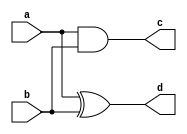
// A Data FLow level example
module gateLevel (a,b,c,d);
    input a,b;
    output c,d;

assign c = a&b;
assign d = a^b;

endmodule

module testModule;
    reg a,b;
    wire c,d;
    gateLevel U1(a,b,c,d);

    initial
    begin
        $monitor($time, " a=%b, b=%b, c=%b, d=%b", a,b,c,d);
        #2 a = 0; b = 0;
        #2 a = 0; b = 1;
        #2 a = 1; b = 0;
        #2 a = 1; b = 1;
        #2 $finish;
    end
    
endmodule